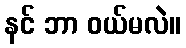
နင် ဘာ ဝယ်မလဲ။